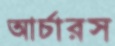
আর্চারস